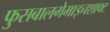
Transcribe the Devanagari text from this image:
फुसबालगेमाइनशाफ्ट